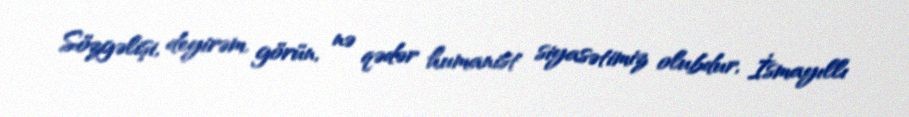
Sözgəlişi, deyirəm, görün, nə qədər humanist siyasətimiz olubdur, İsmayıllı